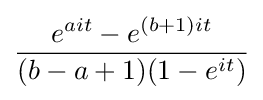
{\frac {e^{ait}-e^{(b+1)it}}{(b-a+1)(1-e^{it})}}